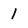
Character: 1